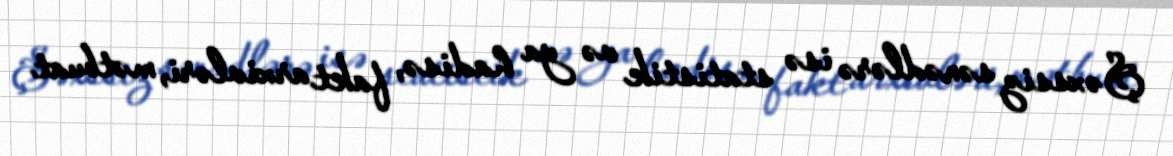
Şəxssiz sənədlərə isə statistik və ya hadisə, fakt arxivləri, mətbuat